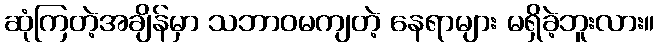
ဆုံကြတဲ့အချိန်မှာ သဘာဝမကျတဲ့ နေရာများ မရှိခဲ့ဘူးလား။